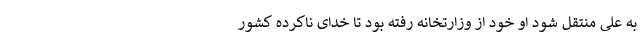
به علی منتقل شود او خود از وزارتخانه رفته بود تا خدای ناکرده کشور